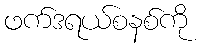
ဖက်ဒရယ်စနစ်ကို